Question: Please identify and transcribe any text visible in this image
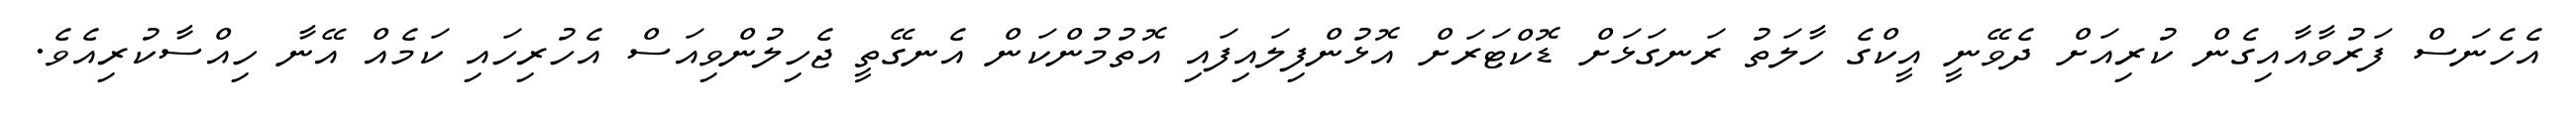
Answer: އެހެނަސް ފަރުވާއާއިގެން ކުރިއަށް ދެވޭނީ އީކްގެ ހާލަތު ރަނގަޅަށް ޑޮކްޓަރަށް އޮޅުންފިލައިފައި އޮތުމުންކަން އެނގޭތީ ޖެހިލުންވިއަސް އެހުރިހައި ކަމެއް އޭނާ ހިއްސާކުރިއެވެ.